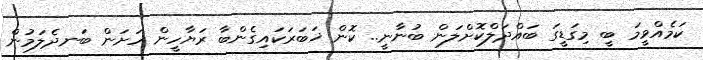
ކަމެއްވީމަ ބީ މިގަޑީގަ ބައްދަލްކޮށްލަން ބުނާނީ.. ކޮން ޚަބަރަކައިގެންބާ ރަޔާހީން ހަށަން ބަނދެލަމުން